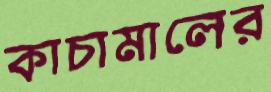
কাচামালের